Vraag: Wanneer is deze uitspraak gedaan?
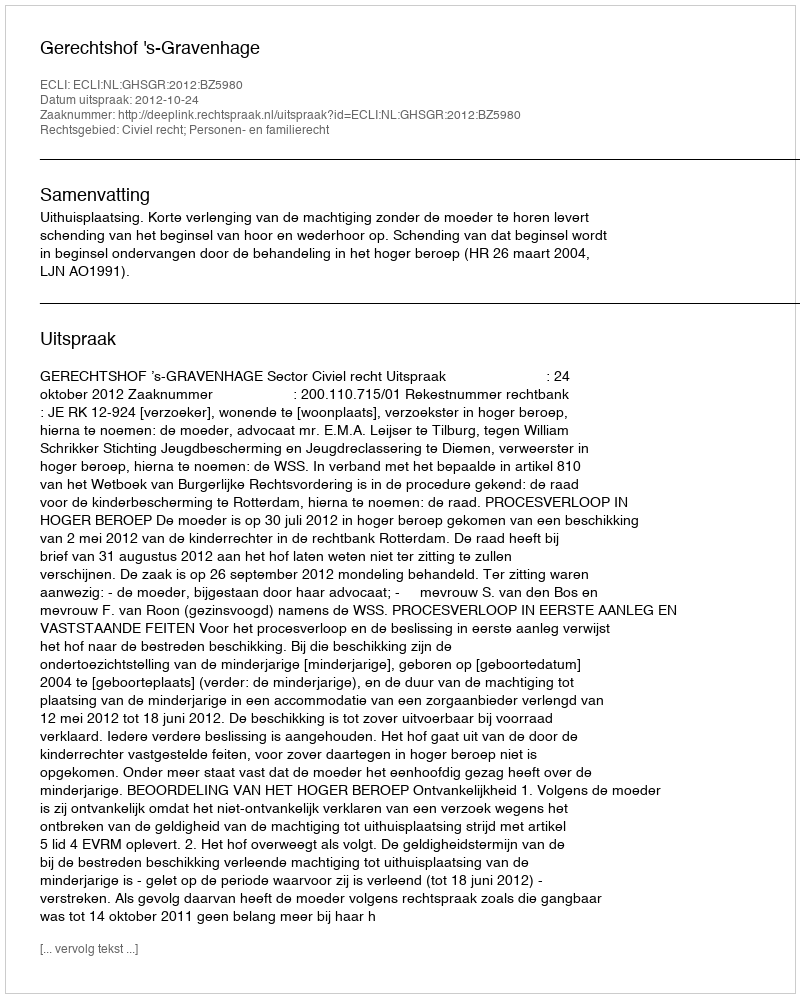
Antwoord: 2012-10-24